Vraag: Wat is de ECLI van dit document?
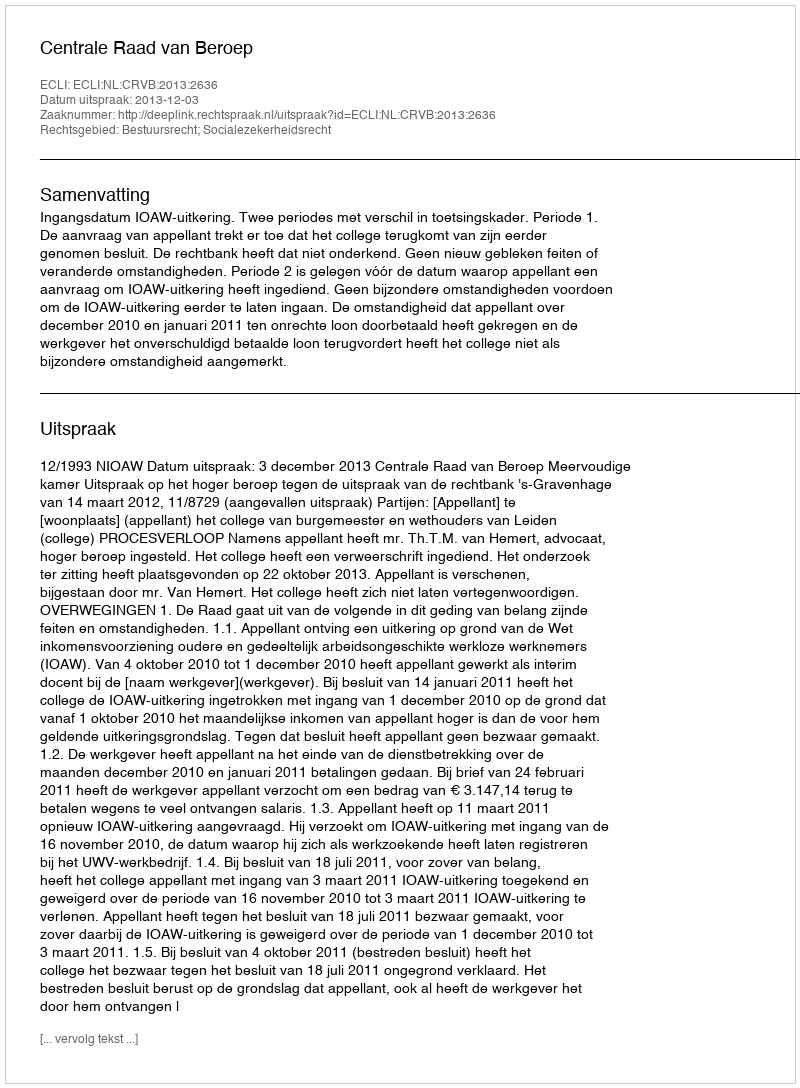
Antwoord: ECLI:NL:CRVB:2013:2636